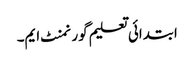
ابتدائی تعلیم گورنمنٹ ایم۔